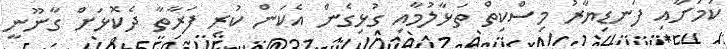
ކަމަށާއި ފަނޑިޔާރު މިސްކިތް ތަޅާލުމާއި ގުޅިގެން އެކަން ކުރި ފަރާތާ ދެކޮޅަށް ގާނޫނީ